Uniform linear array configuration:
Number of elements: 8
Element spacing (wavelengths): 1
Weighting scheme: kaiser
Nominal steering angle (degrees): -15
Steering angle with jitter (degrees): -15.141
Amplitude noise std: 0.05
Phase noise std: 0.05

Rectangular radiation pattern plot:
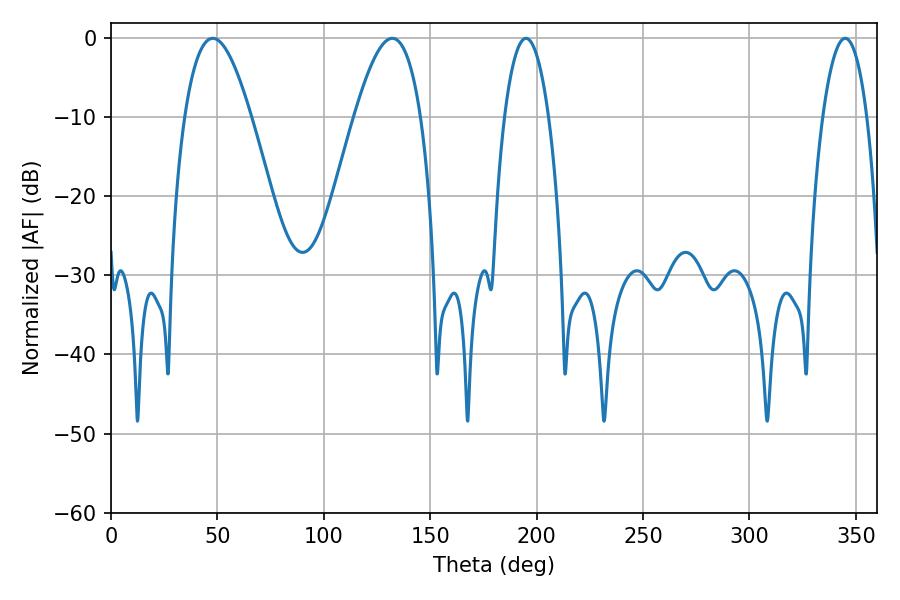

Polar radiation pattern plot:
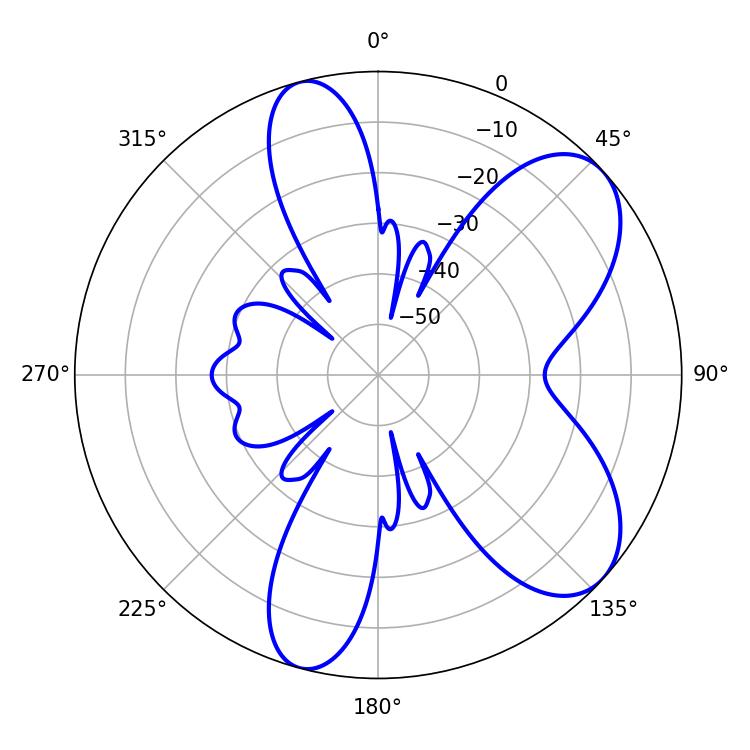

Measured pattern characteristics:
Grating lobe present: TRUE
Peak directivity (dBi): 7.318
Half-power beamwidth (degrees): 16.92
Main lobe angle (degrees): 47.88